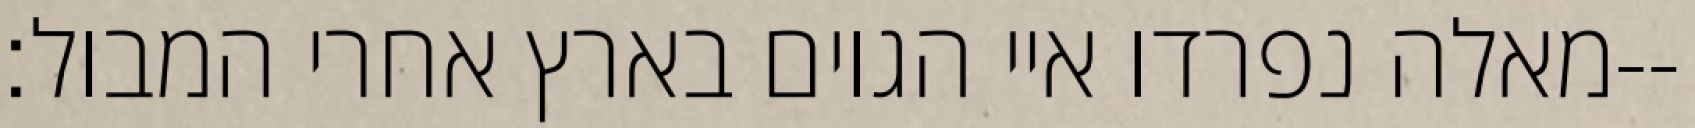
מאלה נפרדו איי הגוים בארץ אחרי המבול׃--